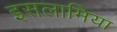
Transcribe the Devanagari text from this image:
इसलामिया